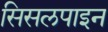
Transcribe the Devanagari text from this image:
सिसलपाइन